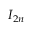
I _ { 2 n }